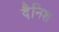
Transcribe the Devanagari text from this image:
दैनिश